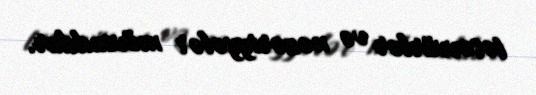
təsəvvürlər və nəzəriyyələr mövcuddur.